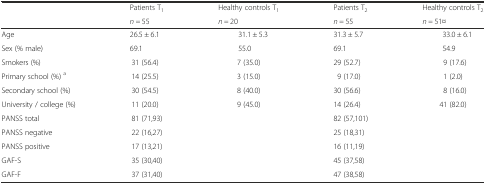
| <ROWSPAN=2>  | Patients T1 | Healthy controls T1 | Patients T2 | Healthy controls T2 |
 | n = 55 | n = 20 | n = 55 | n = 51¤ |
 | --- | --- | --- | --- | --- |
 | Age | 26.5 ± 6.1 | 31.1 ± 5.3 | 31.3 ± 5.7 | 33.0 ± 6.1 |
 | Sex (% male) | 69.1 | 55.0 | 69.1 | 54.9 |
 | Smokers (%) | 31 (56.4) | 7 (35.0) | 29 (52.7) | 9 (17.6) |
 | Primary school (%) a | 14 (25.5) | 3 (15.0) | 9 (17.0) | 1 (2.0) |
 | Secondary school (%) | 30 (54.5) | 8 (40.0) | 30 (56.6) | 8 (16.0) |
 | University / college (%) | 11 (20.0) | 9 (45.0) | 14 (26.4) | 41 (82.0) |
 | PANSS total | 81 (71,93) |  | 82 (57,101) |  |
 | PANSS negative | 22 (16,27) |  | 25 (18,31) |  |
 | PANSS positive | 17 (13,21) |  | 16 (11,19) |  |
 | GAF-S | 35 (30,40) |  | 45 (37,58) |  |
 | GAF-F | 37 (31,40) |  | 47 (38,58) |  |